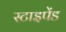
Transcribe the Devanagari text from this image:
स्टाइपेंड